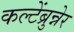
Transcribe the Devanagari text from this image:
कल्टेंब्रुन्नेर